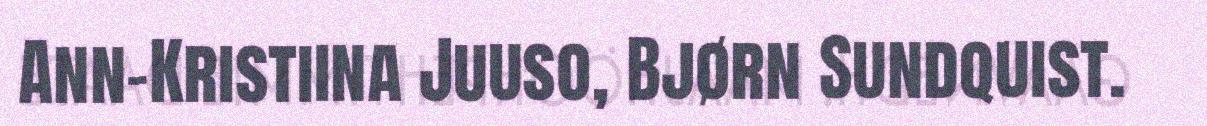
Ann-Kristiina Juuso, Bjørn Sundquist.